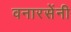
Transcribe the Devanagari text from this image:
वनारसेंनी